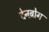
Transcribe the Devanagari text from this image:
देनब्रोग